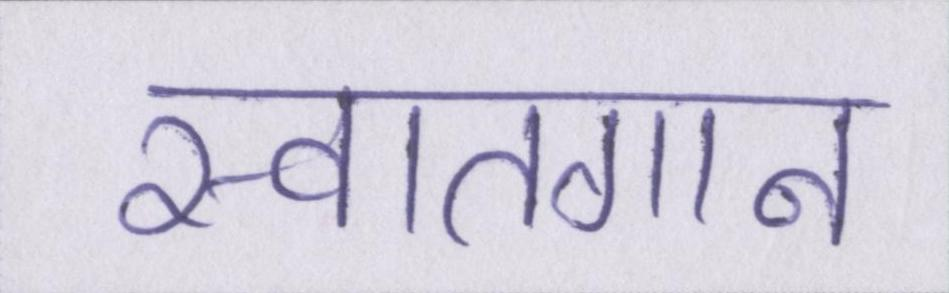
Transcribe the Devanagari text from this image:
स्वातगान